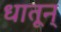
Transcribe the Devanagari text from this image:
धातून्